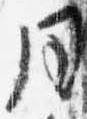
同